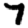
Digit: 7